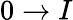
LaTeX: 0\rightarrow I